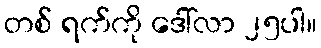
တစ် ရက်ကို ဒေါ်လာ ၂၅ပါ။